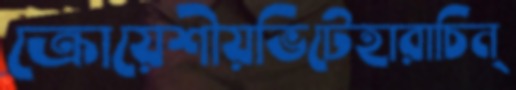
ক্রোয়েশীয়ভিটেহারাচিন্